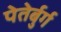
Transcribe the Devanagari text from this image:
पेतेर्बुर्ग